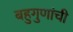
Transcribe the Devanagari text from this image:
बहुगुणांची